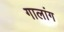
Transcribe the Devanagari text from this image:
गालांग